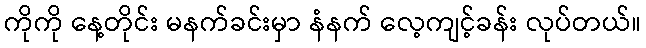
ကိုကို နေ့တိုင်း မနက်ခင်းမှာ နံနက် လေ့ကျင့်ခန်း လုပ်တယ်။